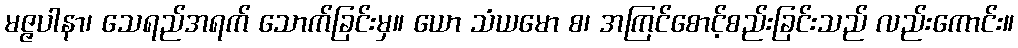
မဇ္ဇပါနာ၊ သေရည်အရက် သောက်ခြင်းမှ။ ယော သံယမော စ၊ အကြင်စောင့်စည်းခြင်းသည် လည်းကောင်း။